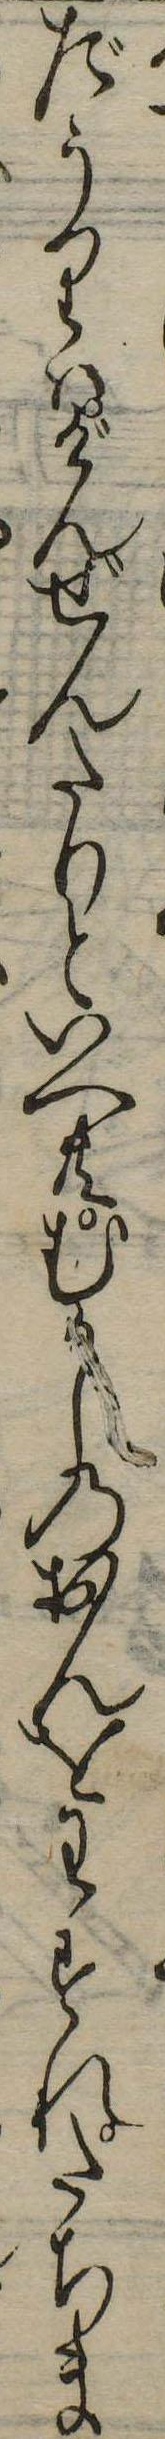
だうりはげんぜんたりといへ共むかしのおんをわすれたちま